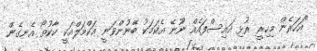
"އަހަރެން މިހިރީ ރުޅި އައިސްފައެއް ނޫނޭ އެކަމަކު ބޭނުންވަނީ އަކްމަލްއަކީ ކާކުތޯ އެނގެން